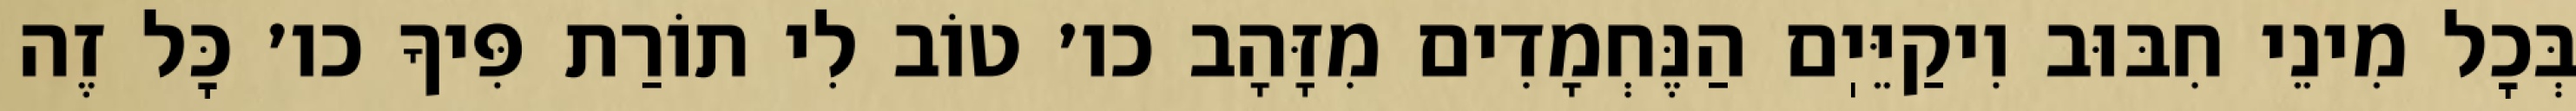
בְּכׇל מִינֵי חִבּוּב וִיקַיֵּיֽם הַנֶּחְמָדִים מִזָּהָב כו׳ טוֹב לִי תוֹרַת פִּיךָ כו׳ כׇּל זֶה